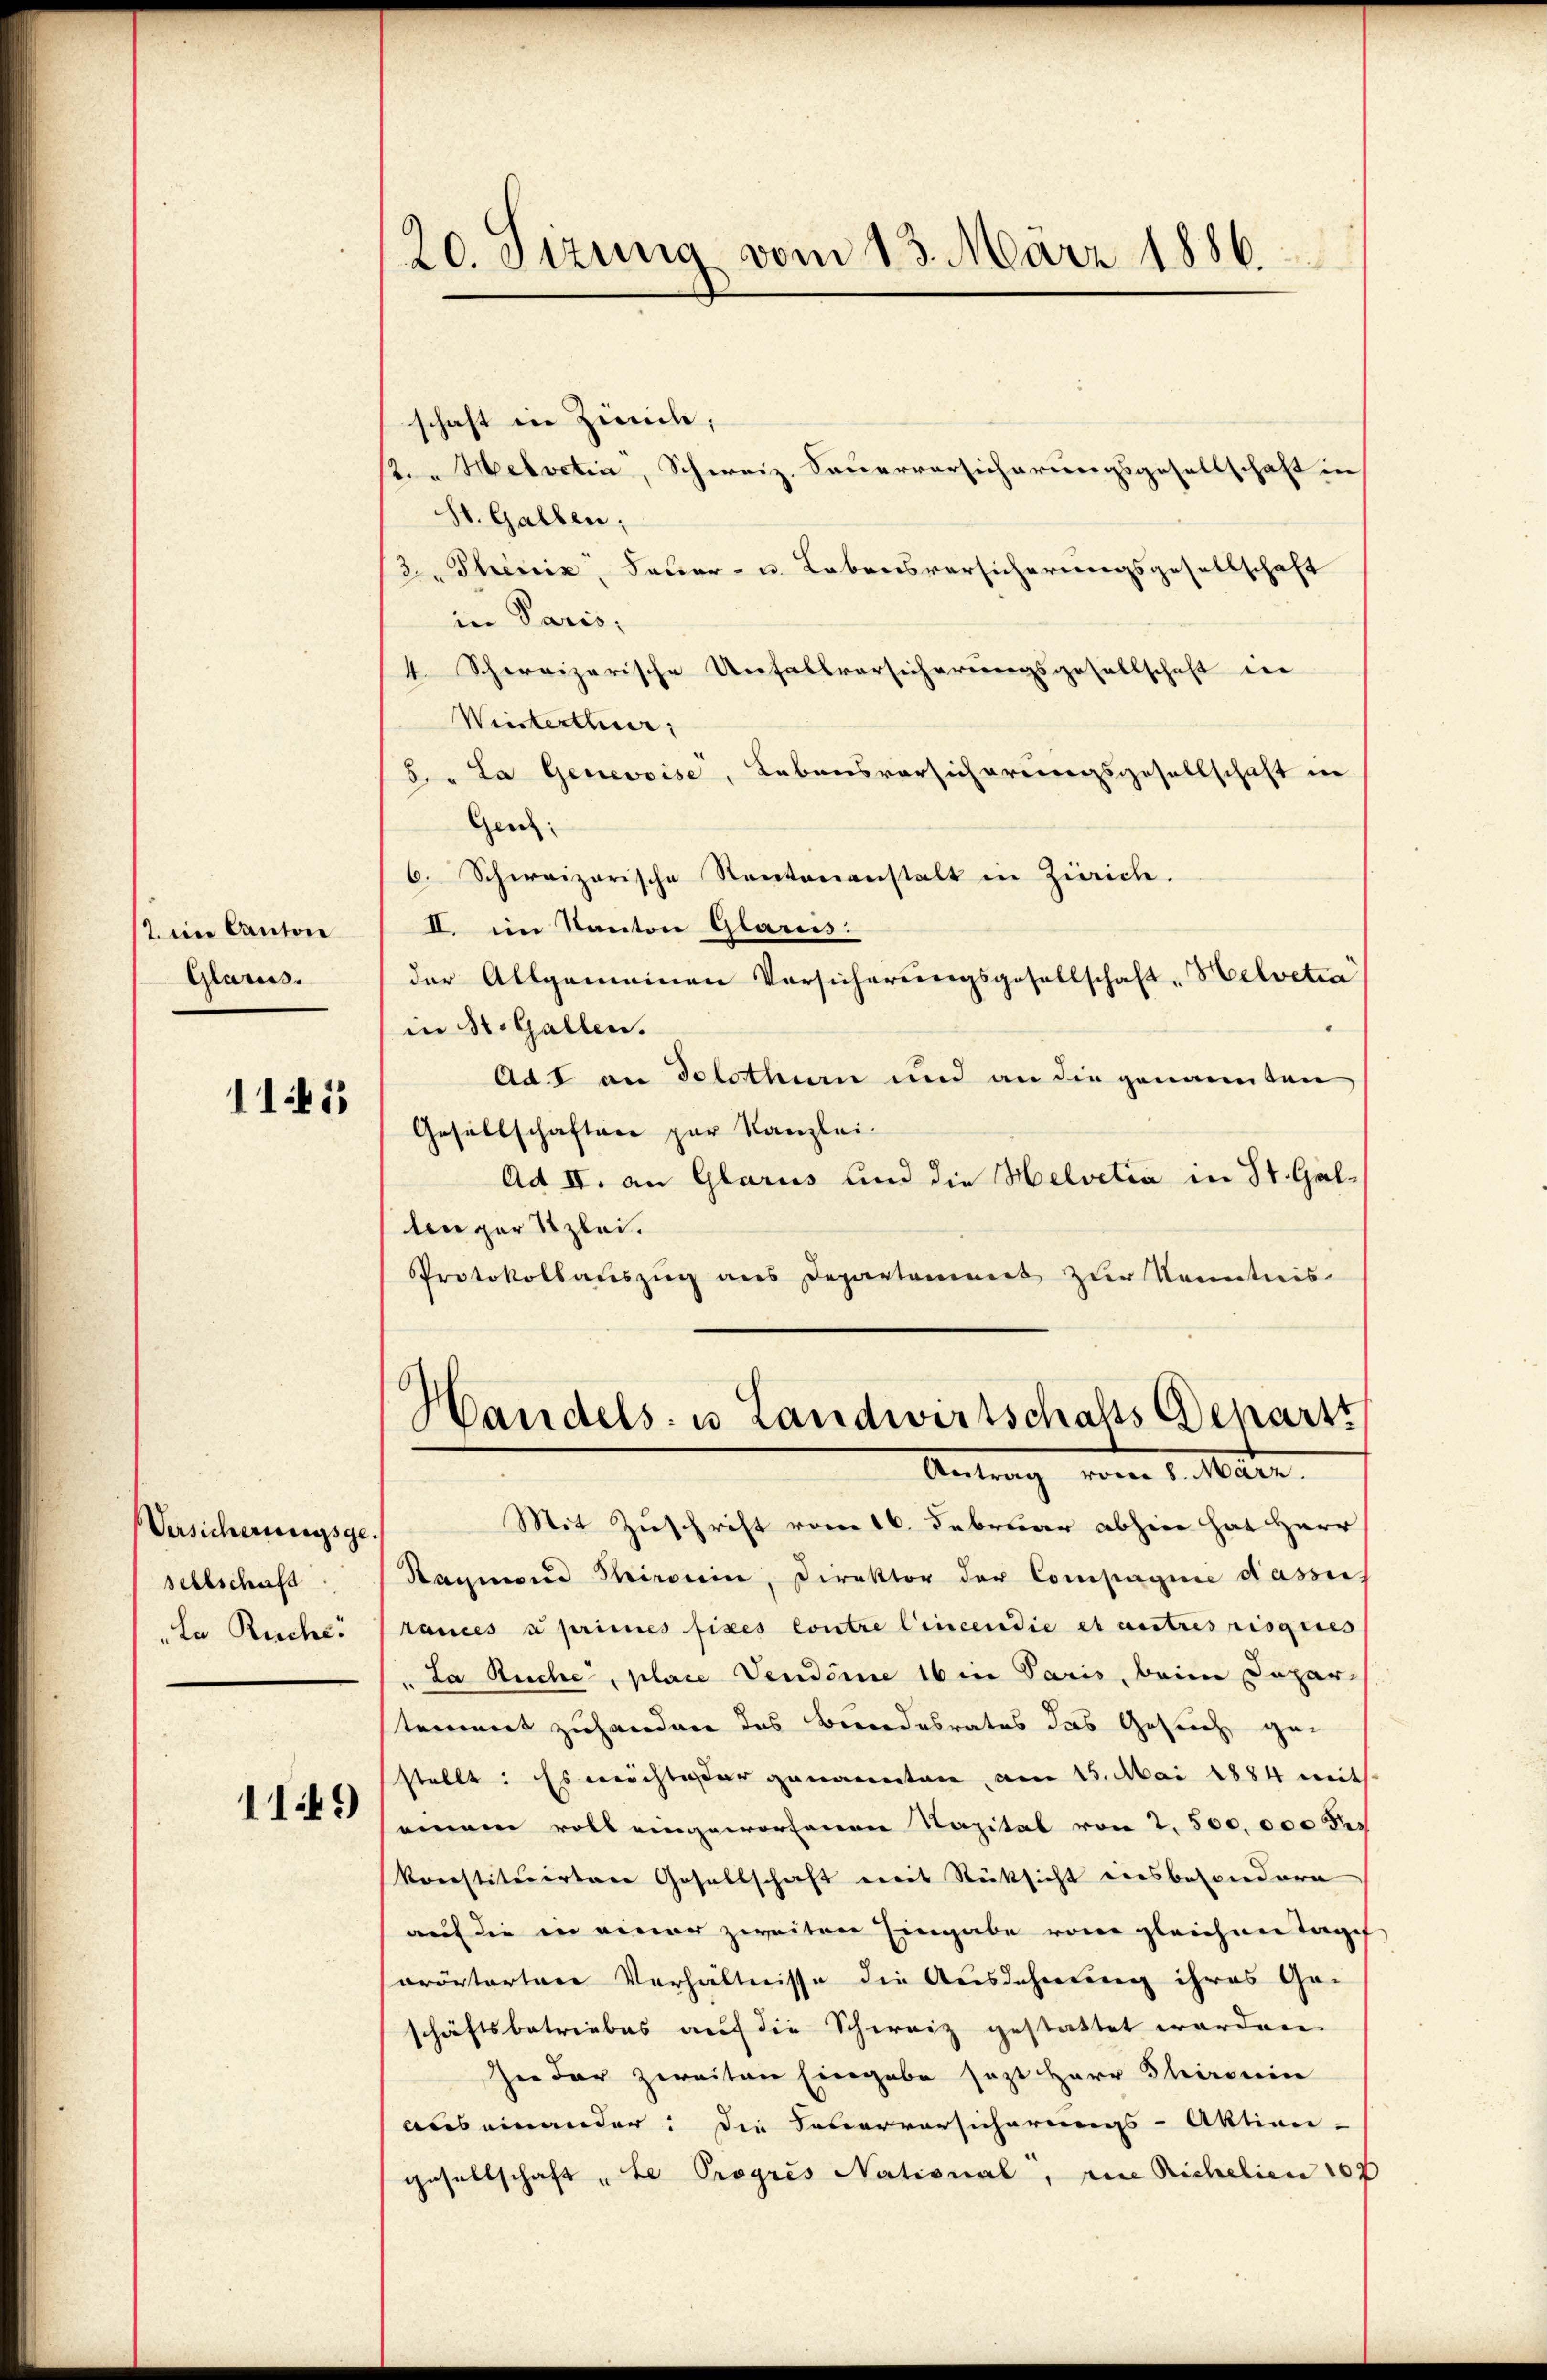
t ein Canton
Glarus.

1145

Versicherungsgesellschaft
"La Ruche.

1149

20. Sizung vom 13. März 1886.

schaft in Zürich,
t. " Helvetia, Schweiz. Sauerversicherungsgesellschaft in
St. Gallen;
2. Phönix, Feuer- u. Lebensversicherungsgesellschaft
in Paris,
4 Schweizerische Unfallversicherungsgesellschaft der
Weisterthur,
5. „La Genevoise, Lebensvorsicherungsgesellschaft in
Genz:
6. Schweizerische Kantonanstalt in Zürich.
II. im Kanton Glaris.
der Allgemeinen Vorsicherungsgesellschaft, Helvetia
in St. Gallen.
Ad I an Solothurn und an die genannten
Gesellschaften par Kanzlei.
Ad II. an Glarus und die Helvetia in St. Gallen zur Stzlei.
Protokollauszug aus Departament zur Kenntnis

Handels- u Landwirtschafts Deparst
Antrag vom 1. Mann.

Mit Zuschrift vom 16. Februar abhin hat Herr
Raymond Thironin, Direktor der Compagnie dassen
tances à primes fixes Contre lincendie et autres risques
La Ruche, place Vendinne 16 in Paris, beim Depar-
tement zuhanden das Bundesrates das Gesuch, gestellt: Es möchteter genannten, am 15. Mai 1884 mit
seinem voll eingeworfenen Napital von 2. 500. 000 Fr
korestituirtare Gesellschaft weit Rücksicht einsbesondern
auf die in einer zweiten Eingabe von gleichen Tages
orörtertere Verhältnisse die Ausdehnung ihres Geschäftsbetriebes auf die Schweiz gestattet worden.
In der zweiten Eingabe jezt Herr Thronin
auseinander: Die Feuerversicherungs-Aktien-
gesellschaft „Le Progres National, eine Richelien 107